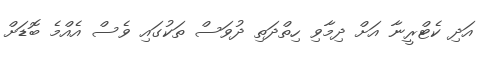
އަދި ކެޓްރީނާ އަށް ދިމާވި ހިތްދަތި ދުވަސް ތަކުގައި ވެސް އެއްމެ ބޮޑަށް